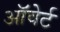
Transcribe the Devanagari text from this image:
ऑवेर्ट